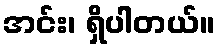
အင်း၊ ရှိပါတယ်။